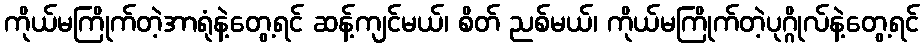
ကိုယ်မကြိုက်တဲ့အာရုံနဲ့တွေ့ရင် ဆန့်ကျင်မယ်၊ စိတ် ညစ်မယ်၊ ကိုယ်မကြိုက်တဲ့ပုဂ္ဂိုလ်နဲ့တွေ့ရင်